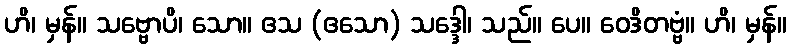
ဟိ၊ မှန်။ သဗ္ဗောပိ၊ သော။ ဧသ (ဧသော) သဒ္ဒေါ၊ သည်။ ပေ။ ဝေဒိတဗ္ဗံ။ ဟိ၊ မှန်။